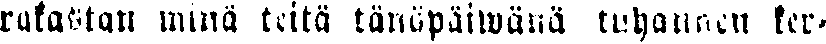
rakastan minä teitä tänäpäiwänä tuhannen ker-